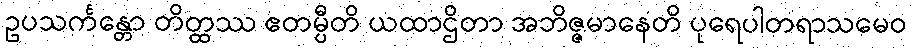
ဥပသင်္ကန္တော တိတ္ထဿ ဧတမ္ပီတိ ယထာဌိတာ အဘိဇ္ဇမာနေတိ ပုရေပါတရာသမေဝ